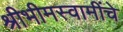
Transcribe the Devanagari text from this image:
श्रीभीमस्वामींचे